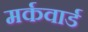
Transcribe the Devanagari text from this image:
मर्कवार्ड